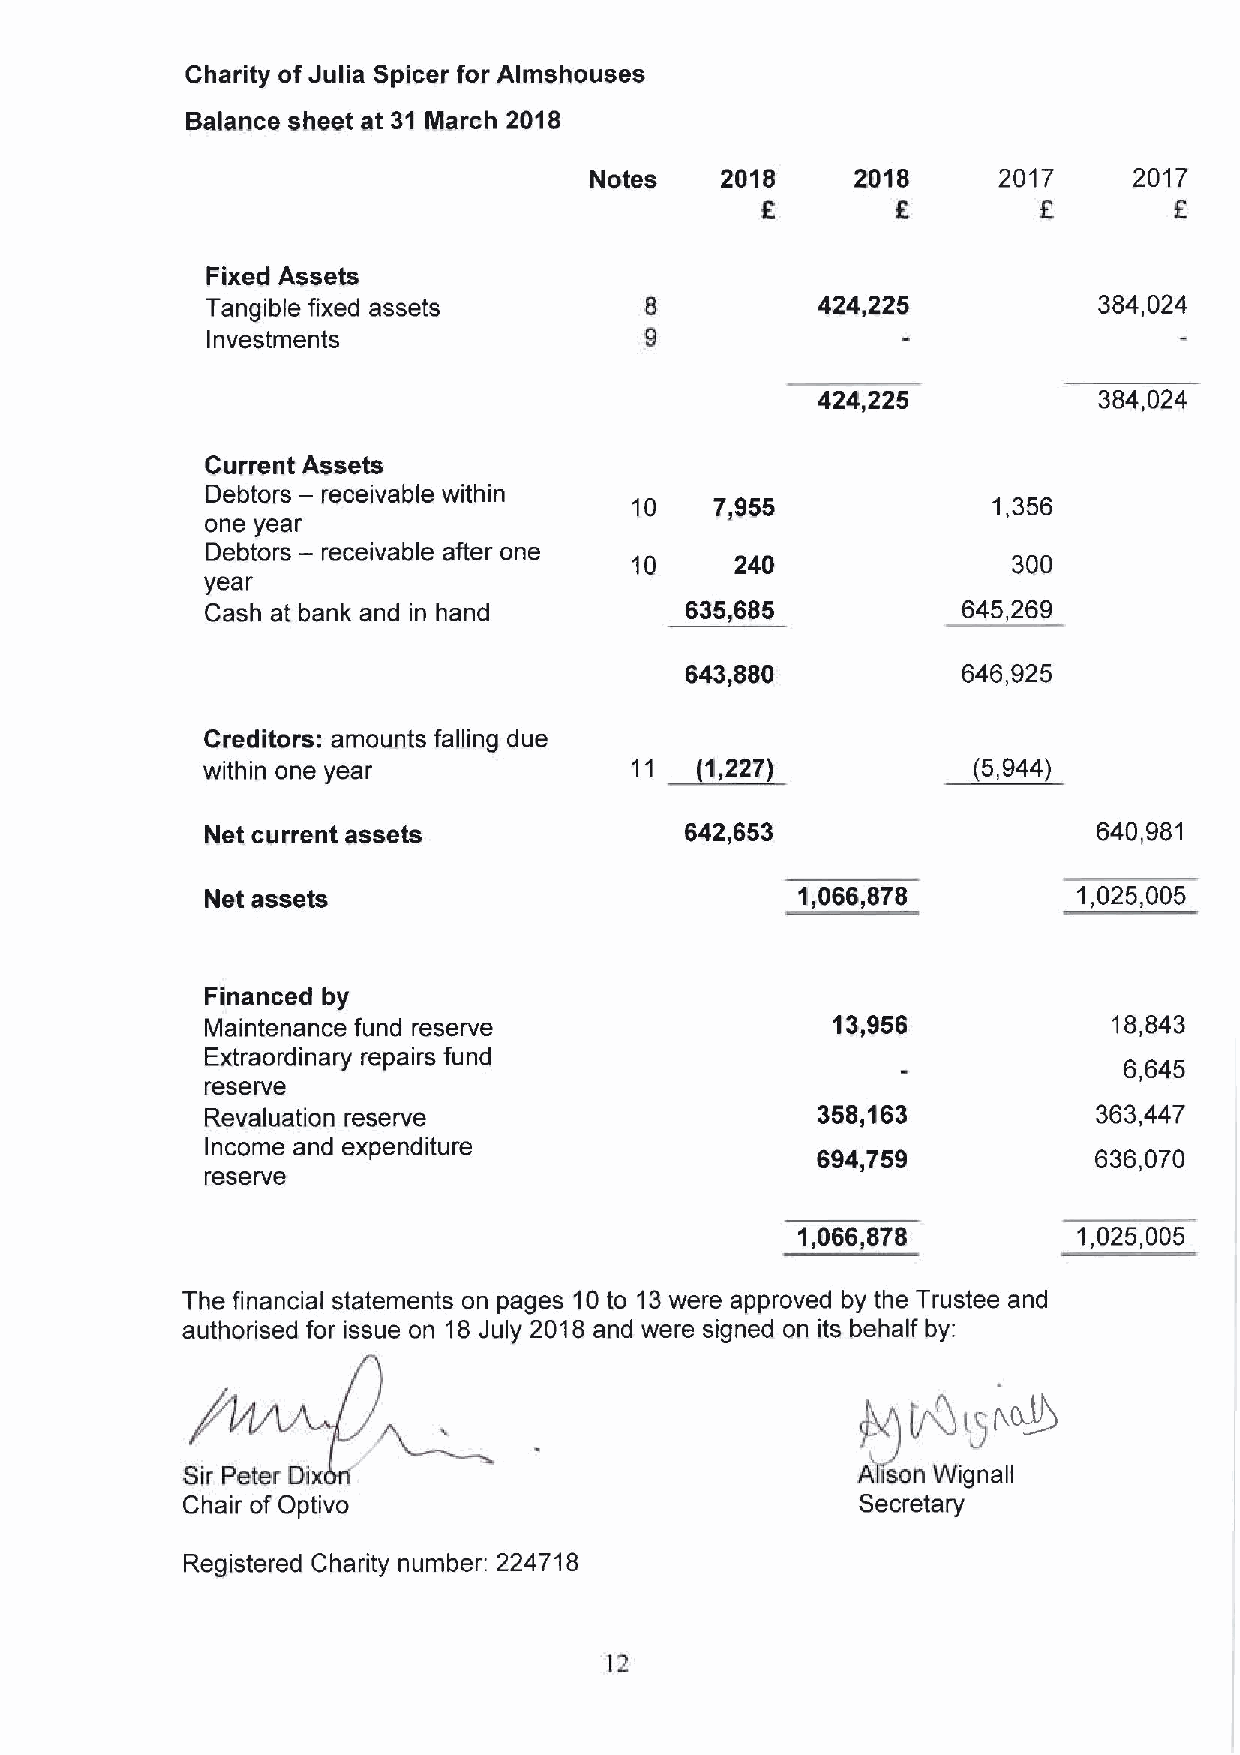
Charity of Julia Spicer for Almshouses
 Balance sheet at 31 March 2018
 Notes    2018     2018     2017     2017
 K         F        F.
 Fixed Assets
 Tangible fixed assets                   424,225            384,024
 Investments
 424,225            384,024
 Current Assets
 —
 Debtors receivable within
 10   7,955              1,356
 one year
 —
 Debtors receivable after one
 10     240               300
 year
 Cash at bank and in hand       635,685            645,269
 643,880            646,925
 Creditors: amounts falling due
 within one year              11  (1,22?)           (5,944)
 Net current assets             642,653                     640,981
 Net assets                             1,066,878         1,025,005
 Financed by
 Maintenance fund reserve                 13,958             18,843
 Extraordinary repairs fund
 6,645
 reserve
 Revaluation reserve                     358,163            363,447
 Income and expenditure
 694,759           636,070
 reserve
 1,066,878         1,025,005
 The financial statements on pages 10to 13were approved by the Trustee and
 authorised for issue on 18July 2018 and were signed an its behalf by:
 +
 Iy,OQ
 Sir Peter Dix                                A isan Wignall
 Chair of Optivo                              Secretary
 Registered Charity number: 224718
 12